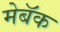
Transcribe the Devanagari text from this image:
मेबॅक